Rangoon Lunatic Asylum 1878-1892 - 1878-1892
Year: 1878
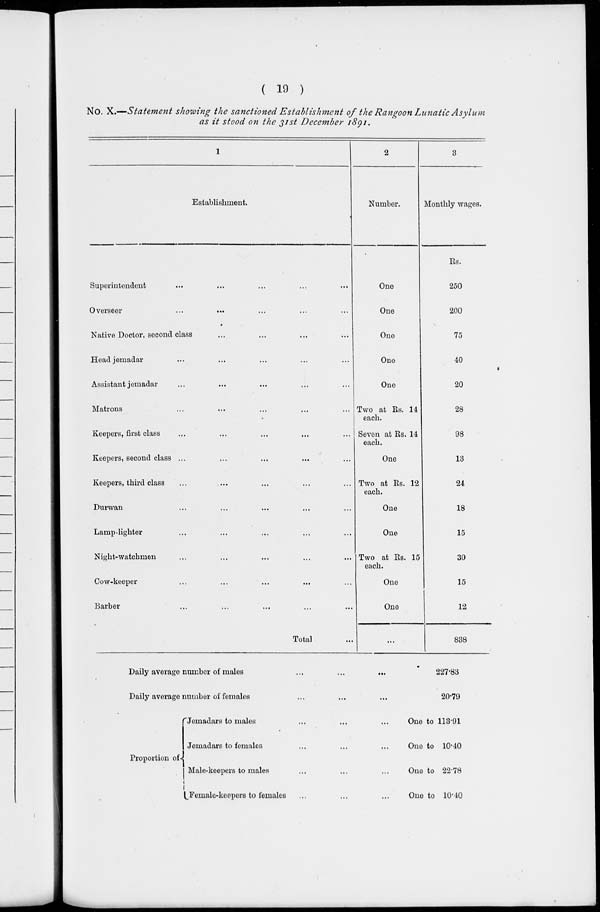
( 19 )
No. X.—Statement showing the sanctioned Establishment of the Rangoon Lunatic Asylum
as it stood on the 31st December 1891.
1
Establishment.
Superintendent ... ... ... ... ...
Overseer
...
...
...
...
...
Native Doctor, second class ... ... ... ...
Head jemadar ... ... ... ... ...
Assistant jemadar ... ... ... ... ...
Matrons ... ... ... ... ...
Keepers, first class ... ... ... ... ...
Keepers, second class ... ... ... ... ...
Keepers, third class ... ... ... ... ...
Durwan ... ... ... ... ...
Lamp-lighter ... ... ... ... ...
Night-watchmen ... ... ... ... ...
Cow-keeper ... ... ... ... ...
Barber ... ... ... ... ...
Total ...
2
Number.
One
One
One
One
One
Two at Rs. 14
each.
Seven at Rs. 14
each.
One
Two at Rs. 12
each.
One
One
Two at Rs. 15
each.
One
One
...
3
Monthly wages.
Rs.
250
200
75
40
20
28
98
13
24
18
15
30
15
12
838
Daily average number of males
...
...
...
Daily average number of females ... ... ...
227.83
20.79
Proportion of
Jemadars to males ... ... ...
Jemadars to females ... ... ...
Male-keepers to males ... ... ...
Female-keepers to females ... ... ...
One to 113.91
One to 10.40
One to 22.78
One to 10.40